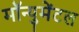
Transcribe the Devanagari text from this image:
मॉन्युमेंटल